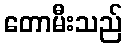
တောမီးသည်